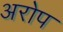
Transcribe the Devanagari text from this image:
अरोप